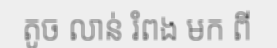
តូច លាន់ រំពង មក ពី